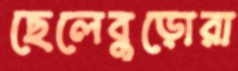
ছেলেবুড়োরা